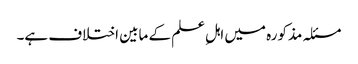
مسئلہ مذکورہ میں اہلِ علم کے مابین اختلاف ہے۔